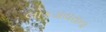
લોકડાયરાના